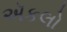
ઍકલો